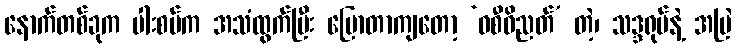
နောက်တစ်ခုက ပါးစပ်က အသံထွက်ပြီး ပြောတာကျတော့ ‘ဝစီဝိညတ်’ တဲ့၊ သဒ္ဒရုပ်နဲ့ အမြဲ